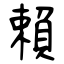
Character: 賴